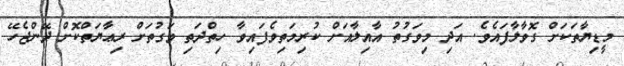
މީޑިޔާތަކަށް ގޮވާލާފައެވެ. އަދި މިވަގުތު އާއިލާއަށް ކުރިމަތިވެފައިވާ ހިތްދަތި ވަގުތަށް ރިޢާޔަތްކޮށް ދޭންޖެހޭ